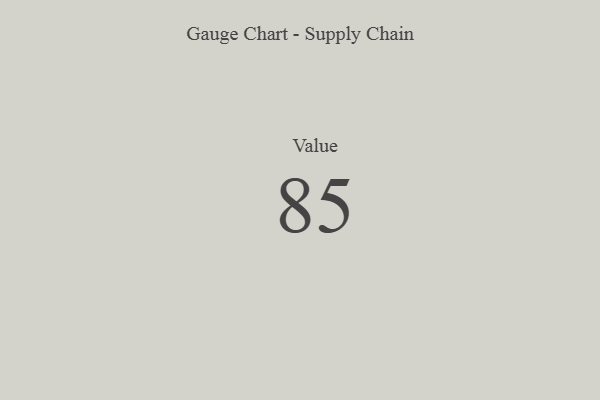
{"axis": {"x": "Metric", "y": "Value"}, "legend": [""], "data": [{"x": "Value", "y": 85, "type": ""}]}